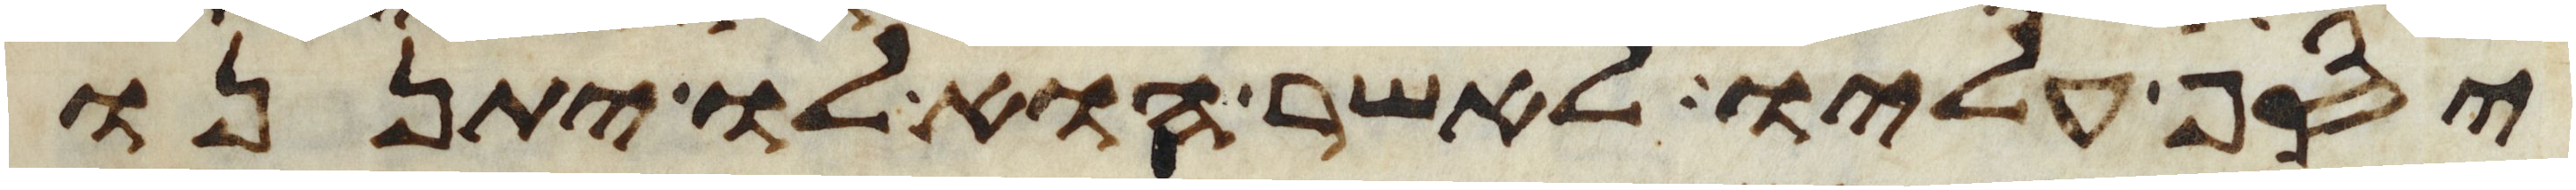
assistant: יסף עליו לאשר הוא לו יתננו